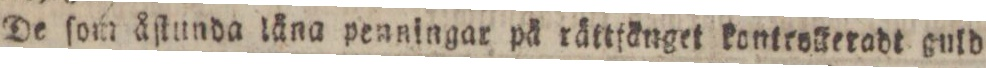
De ſom åſtunda läna penningar på rättfänget kontroſteradt guld